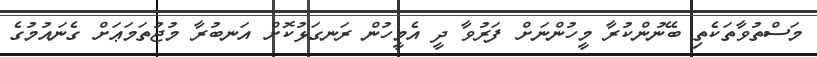
މަސްތުވާތަކެތި ބޭނުންކުރާ މީހުންނަށް ފަރުވާ ދީ އެމީހުން ރަނގަޅުކޮށް އަނބުރާ މުޖުތަމަޢަށް ގެނައުމުގެ